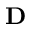
\textbf { D }